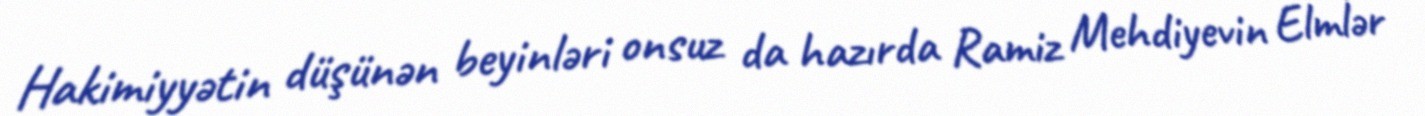
Hakimiyyətin düşünən beyinləri onsuz da hazırda Ramiz Mehdiyevin Elmlər